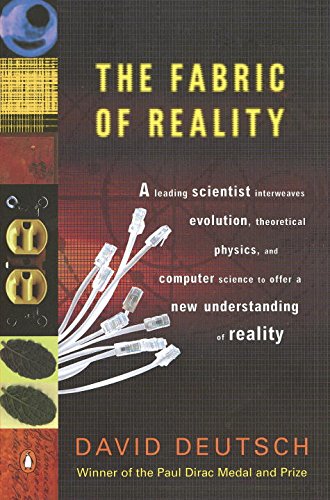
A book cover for The Fabric of Reality: The Science of Parallel Universes--and Its Implications; David Deutsch; Science & Math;